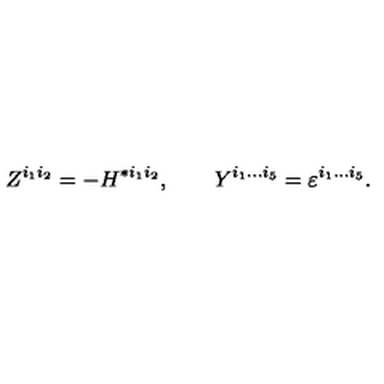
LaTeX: Z ^ { i _ { 1 } i _ { 2 } } = - H ^ { * i _ { 1 } i _ { 2 } } , \qquad Y ^ { i _ { 1 } . . . i _ { 5 } } = \varepsilon ^ { i _ { 1 } . . . i _ { 5 } } .